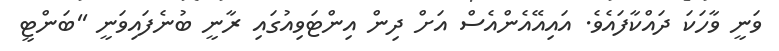
ވަނީ ވާހަކަ ދައްކާފައެވެ. އައިއޭއެންއެސް އަށް ދިން އިންޓަވިއުގައި ރާނީ ބުނެފައިވަނީ ''ބަންޓީ